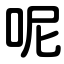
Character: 呢